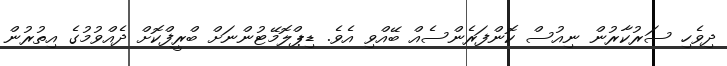
ދިވެހި ސަރުކާރުން ނިއުސް ކޮންފަރެންސެއް ބޭއްވި އެވެ. ޑިޕްލޮމޭޓުންނަށް ބްރީފްކޮށް ދެއްވުމުގެ އިތުރުން